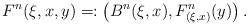
LaTeX: \begin{align*}F ^n ( \xi , x , y ) =: \left( B ^n ( \xi , x ) , F _{(\xi, x)} ^n (y) \right) .\end{align*}